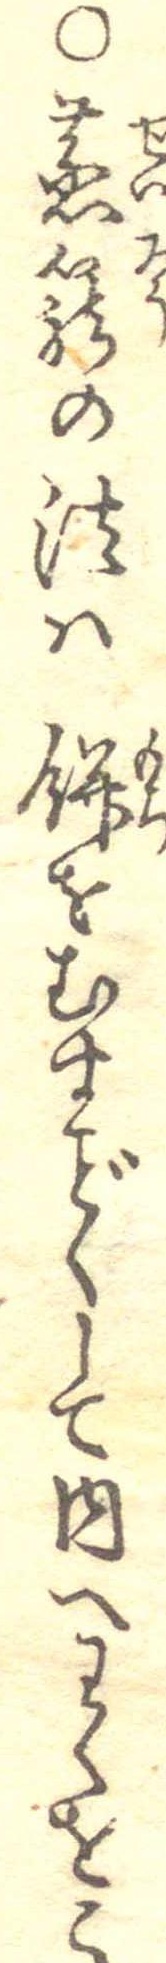
○蒸篭の法は餅をむすくして内へわくをこ